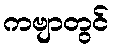
ကဗျာတွင်